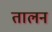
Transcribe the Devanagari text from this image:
तालन